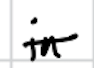
Text: in
Cross-out: single-line
Writing tool: digital_black